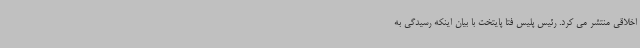
اخلاقی منتشر می کرد. رئیس پلیس فتا پایتخت با بیان اینکه رسیدگی به